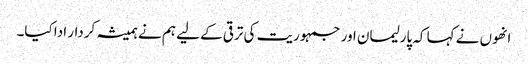
انھوں نے کہا کہ پارلیمان اور جمہوریت کی ترقی کے لیے ہم نے ہمیشہ کردار ادا کیا۔